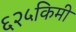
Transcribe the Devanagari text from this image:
६२५किमी